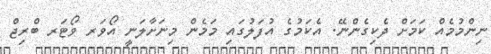
ނިންމުމެއް ކަމަށް ދެކިގެންނޭ. އެެކަމުގެ އުފަލުގައި މަމެން މިނަށާލަނީ އޯވަރ ވޯޓަރ ބްރިޖް